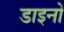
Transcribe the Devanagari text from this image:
डाइनो